system: You are a helpful assistant.
user:
Analyze the provided spectrum to determine if it is a **S-type Star**.

- **Key Indicators for S-type Star:**

    - **(Overall Spectrum Shape):** The first and most obvious characteristic is the overall continuum (the "baseline" shape). It is **extremely "red-sloping,"** meaning the flux (light intensity) is very low on the left side (blue, ~4000-4500 Å) and rises steeply and continuously toward the right side (red, ~7000 Å+).

    - **(Primary):** The spectrum is defined by the presence of strong, broad molecular absorption "valleys" (bands) from **Zirconium Oxide (ZrO)**. The identification of these bands is the **primary requirement** for classifying a star as S-type.
        - **(Key Bandheads):** You must find distinct, deep "dips" where the light has been absorbed. The most critical band systems to locate are:
            - **~6474 Å** ($\gamma$-system): This is often the strongest and clearest ZrO feature, found in the red part of the spectrum.
            - **~5718 Å** & **~5551 Å** ($\beta$-system): A pair of prominent absorption features in the yellow-orange part of the spectrum.
            - **~4640 Å** ($\alpha$-system): A key absorption band system in the blue-green region of the spectrum.

    - **(Secondary Confirmation):** The classification is strengthened by finding additional absorption bands from other related heavy element oxides, which are expected to be present alongside ZrO.
        - **(Key Bandheads):**
            - **Yttrium Oxide (YO):** Look for absorption dips near **~4800 Å** and **~6100 Å**.
            - **Lanthanum Oxide (LaO):** Additional absorption features, particularly in the red-orange part of the spectrum, are also characteristic.

    - **(Line Profile):** The combination of the steep red continuum and these numerous, deep molecular bands (ZrO, YO, etc.) gives the entire spectrum a very **"chopped-up"** or **"bumpy"** appearance. Instead of a smooth curve, the spectrum looks as though large, wide chunks of light have been "carved out" of it at the specific wavelengths listed above.

Think first, call **spectral_visualization_tool** if needed to examine features in detail, then provide your final answer. Your response must adhere to the following strict rules:
1.  **Overall Structure:** Your response must follow the format `<think>...</think> <tool_call>...</tool_call> (if a tool is used) <answer>...</answer>`.
2.  **Tool Usage Constraint:** You may only make **one** tool call per turn.
3.  **Final Answer Format:** In the `<answer>` tag, your conclusion must be inside a `\boxed{}` command (e.g., `\boxed{YES}` or `\boxed{NO}`), followed by your justification.

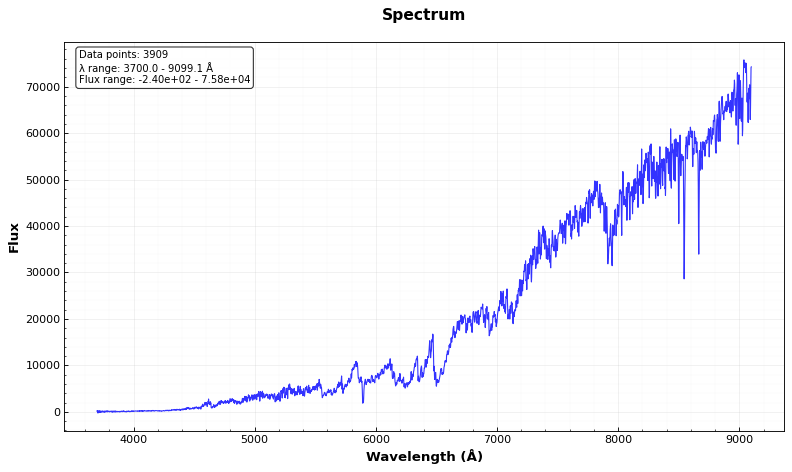
Answer: YES